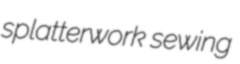
splatterwork sewing